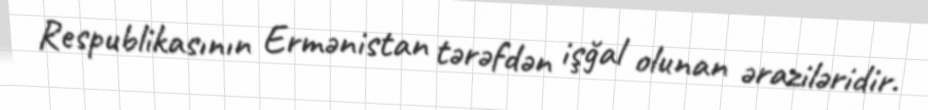
Respublikasının Ermənistan tərəfdən işğal olunan əraziləridir.